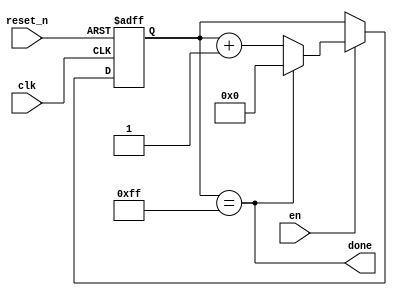
// timer to tick N ticks
module timer_parameter
#(parameter N = 255)
(
input clk,
input reset_n,
input en,
// output [$clog2(N)-1:0] Q // for a timer, we usually don't care about the current count
output done
);

localparam n = $clog2(N); // the number of bits needed to represent the counter values

reg [n-1:0]Q_reg, Q_next;

always @(posedge clk, negedge reset_n)
begin
	if(~reset_n)
		Q_reg <= 0;
	else if(en)
		Q_reg <= Q_next;
	else
		Q_reg <= Q_reg; // not necessary but just makes the code more robust
end

// Next state logic

assign done = Q_reg == N;

always @(*)
	Q_next = done ? 'b0 : Q_reg + 1;		

// output logic
// assign Q = Q_reg;

endmodule